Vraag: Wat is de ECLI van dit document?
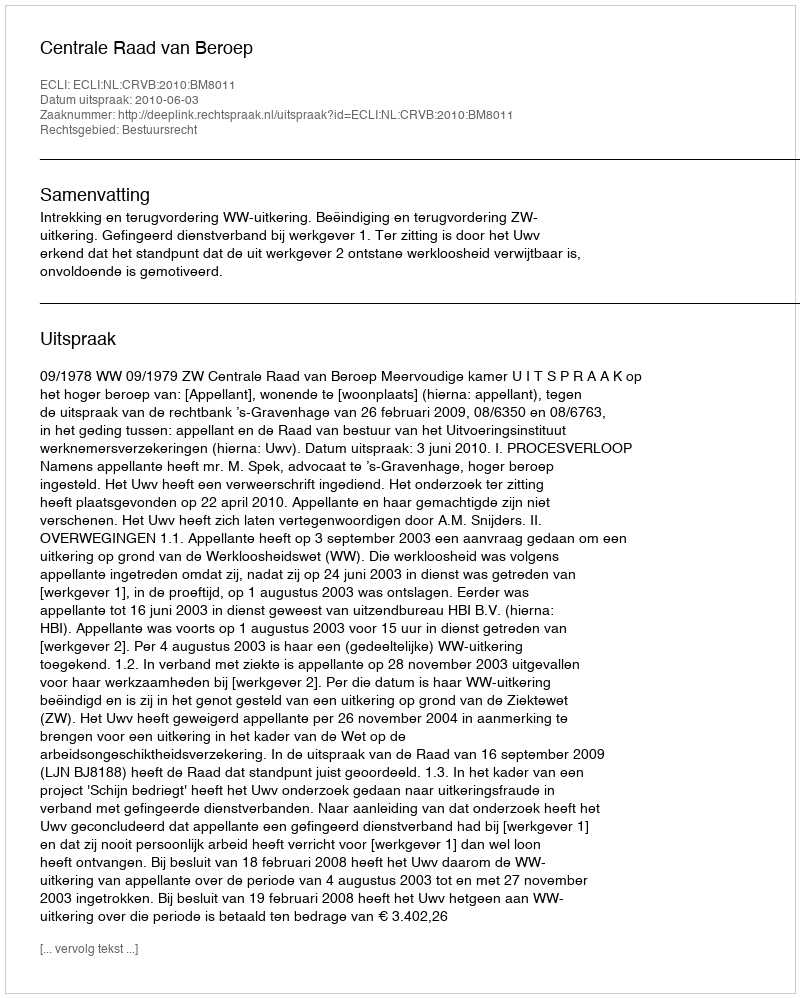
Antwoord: ECLI:NL:CRVB:2010:BM8011